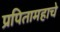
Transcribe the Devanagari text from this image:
प्रपितामहाचे